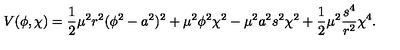
V ( \phi , \chi ) = \frac { 1 } { 2 } \mu ^ { 2 } r ^ { 2 } ( \phi ^ { 2 } - a ^ { 2 } ) ^ { 2 } + \mu ^ { 2 } \phi ^ { 2 } \chi ^ { 2 } - \mu ^ { 2 } a ^ { 2 } s ^ { 2 } \chi ^ { 2 } + \frac { 1 } { 2 } \mu ^ { 2 } \frac { s ^ { 4 } } { r ^ { 2 } } \chi ^ { 4 } .